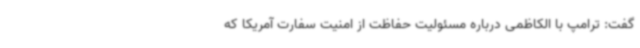
گفت: ترامپ با الکاظمی درباره مسئولیت حفاظت از امنیت سفارت آمریکا که